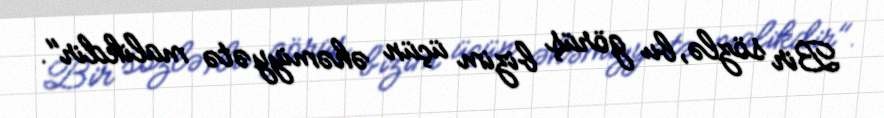
Bir sözlə, bu görüş bizim üçün əhəmiyyətə malikdir".